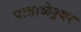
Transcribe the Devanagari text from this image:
पाताळेश्र्वर